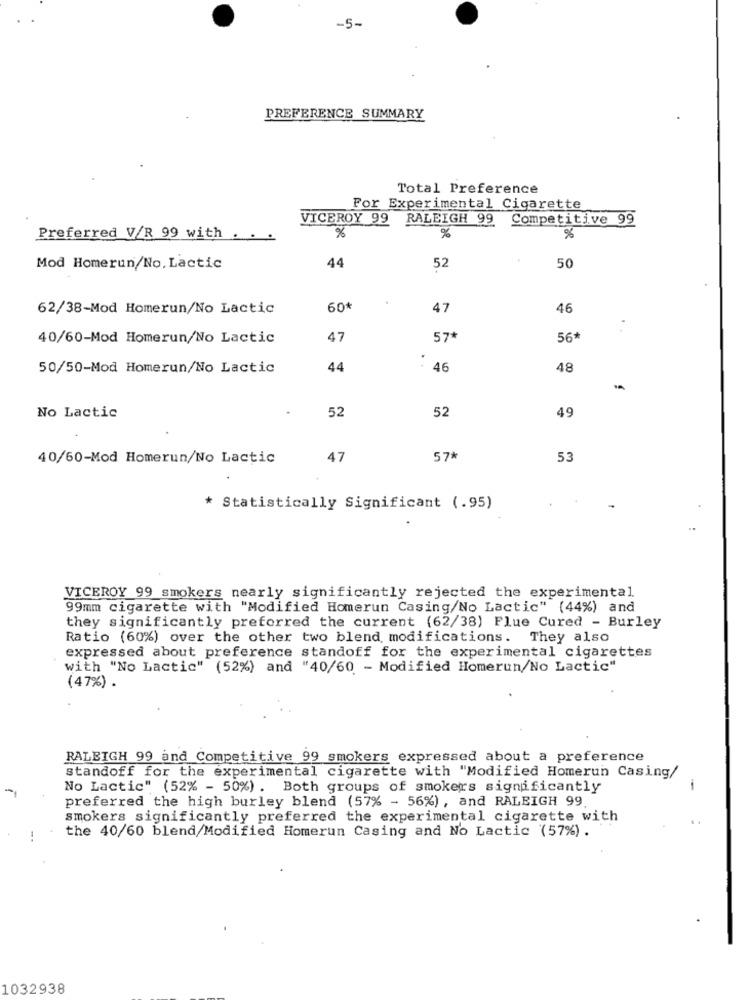
-5-
PREFERENCE SUMMARY
Total Preference
For Experimental Cigarette
VICEROY 99 RALEIGH 99 Competitive 99
%
Preferred V/R 99 with
%
%
44
Mod Homerun/No, Lactic
52
50
62/38-Mod Homerun/No Lactic
60*
47
46
40/60-Mod Homerun/No Lactic
47
57*
56*
50/50-Mod Homerun/No Lactic
44
: 46
48
52
52
49
No Lactic
40/60-Mod Homerun/No Lactic
47
57*
53
* Statistically Significant (.95)
VICEROY 99 smokers nearly significantly rejected the experimental
99mm cigarette with "Modified Homerun Casing/No Lactic" (44%) and
they significantly preferred the current (62/38) Flue Cured - Burley
Ratio (60%) over the other two blend modifications. They also
expressed about preference standoff for the experimental cigarettes
with "No Lactic" (52%) and "40/60 - Modified Homerun/No Lactic"
(47%) .
RALEIGH 99 and Competitive 99 smokers expressed about a preference
standoff for the experimental cigarette with "Modified Homerun Casing/
No Lactic" (52% - 50%) . Both groups of smokers significantly
-
preferred the high burley blend (57% - 56%), and RALEIGH 99.
smokers significantly preferred the experimental cigarette with
the 40/60 blend/Modified Homerun Casing and No Lactic (57%) .
1032938